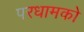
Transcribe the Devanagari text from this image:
परधामको